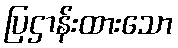
ပြဌာန်းထားသော